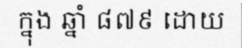
ក្នុង ឆ្នាំ ៨៧៩ ដោយ